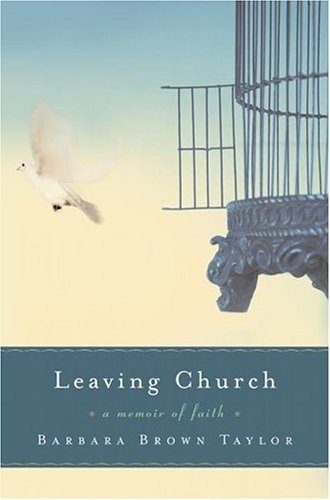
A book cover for Leaving Church: A Memoir of Faith; Barbara Brown Taylor; Christian Books & Bibles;